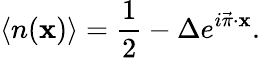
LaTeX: \langle{n}({\mathbf x})\rangle={\frac{1}{2}}-\Delta e^{i\vec{\pi}\cdot{\mathbf x}}.